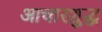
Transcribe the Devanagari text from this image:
आचारशुद्ध